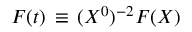
{ \cal F } ( t ) \, \equiv \, ( X ^ { 0 } ) ^ { - 2 } F ( X )